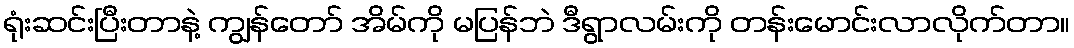
ရုံးဆင်းပြီးတာနဲ့ ကျွန်တော် အိမ်ကို မပြန်ဘဲ ဒီရွာလမ်းကို တန်းမောင်းလာလိုက်တာ။